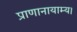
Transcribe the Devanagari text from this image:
प्राणानायाम्य।